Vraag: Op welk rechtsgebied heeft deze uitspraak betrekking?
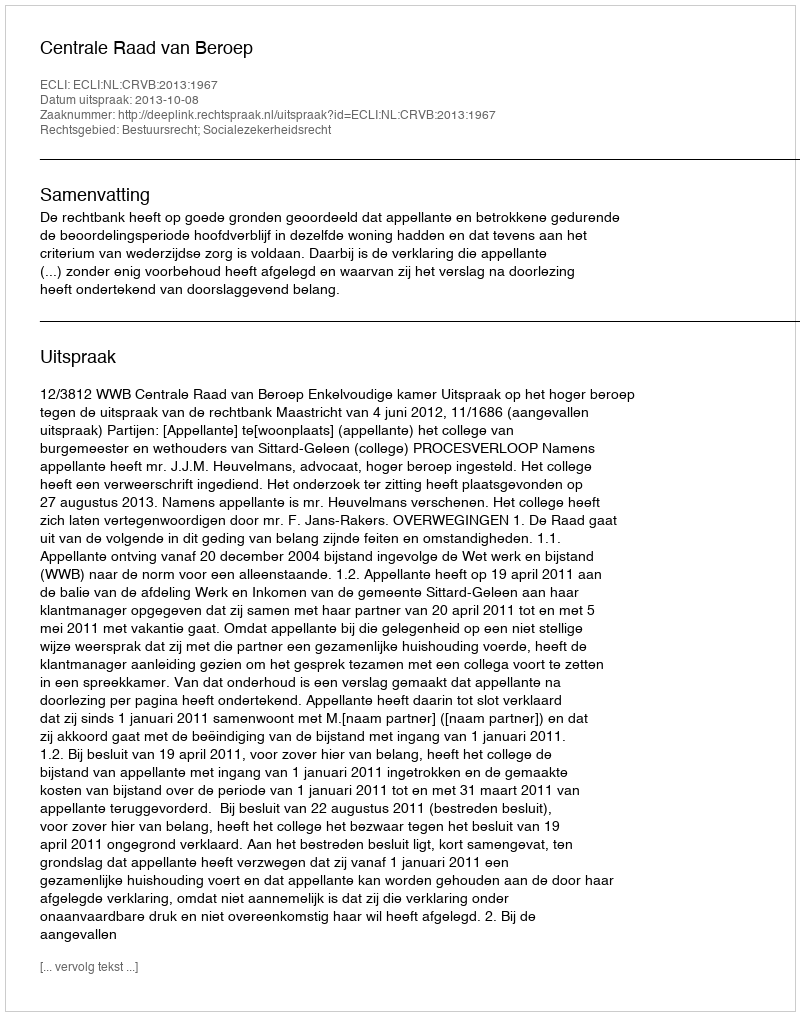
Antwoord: Bestuursrecht; Socialezekerheidsrecht